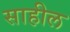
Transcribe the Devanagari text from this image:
साहील